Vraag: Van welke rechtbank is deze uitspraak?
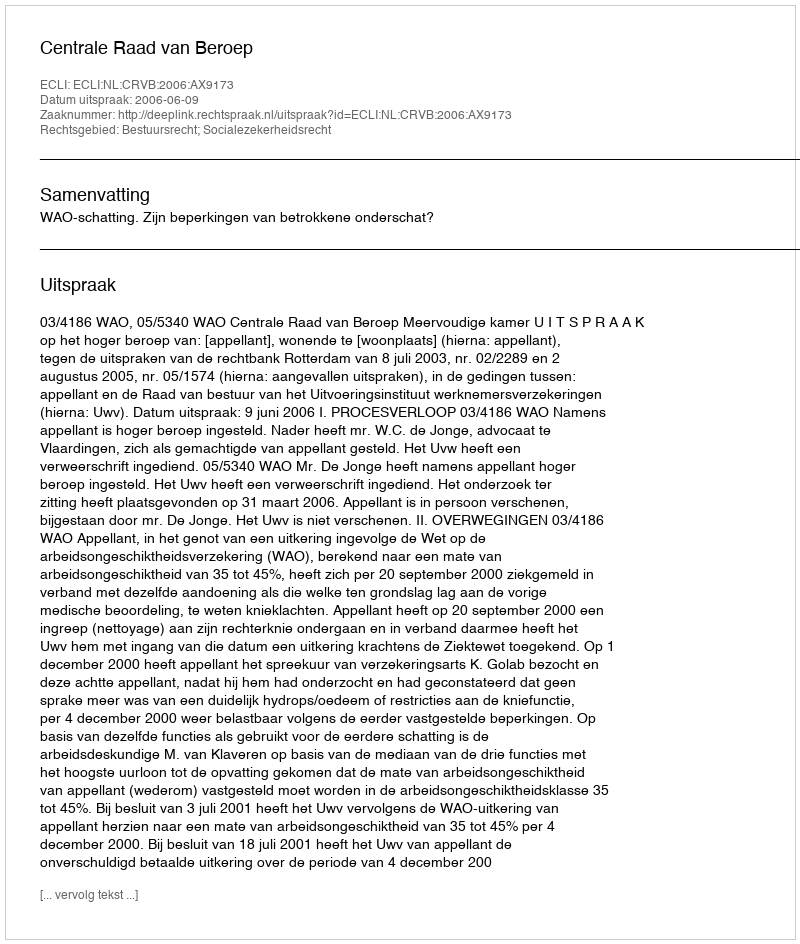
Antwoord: Centrale Raad van Beroep